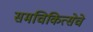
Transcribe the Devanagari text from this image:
समचिकित्सेचे